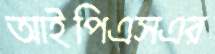
আইপিএসএর